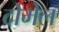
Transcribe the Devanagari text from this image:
दोमेल